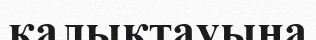
қалықтауына